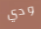
ودي